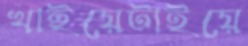
খাইয়েটাইয়ে